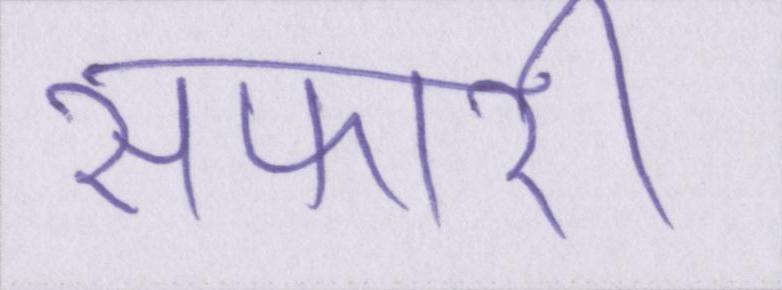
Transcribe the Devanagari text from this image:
सफारी